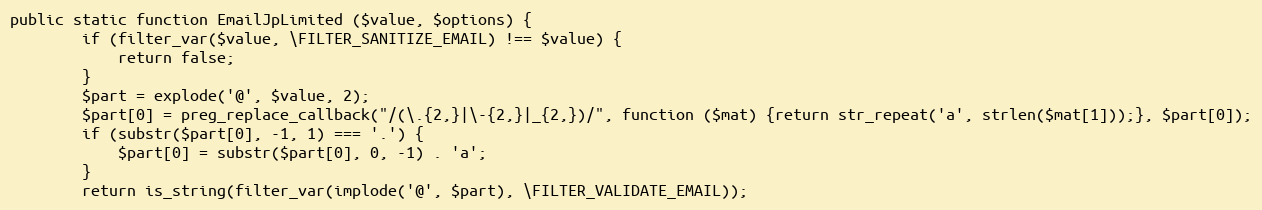
Language: PHP
public static function EmailJpLimited ($value, $options) {
		if (filter_var($value, \FILTER_SANITIZE_EMAIL) !== $value) {
			return false;
		}
		$part = explode('@', $value, 2);
		$part[0] = preg_replace_callback("/(\.{2,}|\-{2,}|_{2,})/", function ($mat) {return str_repeat('a', strlen($mat[1]));}, $part[0]);
		if (substr($part[0], -1, 1) === '.') {
			$part[0] = substr($part[0], 0, -1) . 'a';
		}
		return is_string(filter_var(implode('@', $part), \FILTER_VALIDATE_EMAIL));